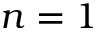
n = 1